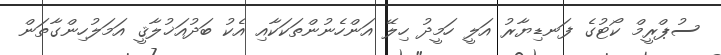
ސުޕްރީމް ކޯޓުގެ ފަނޑިޔާރު އަލީ ހަމީދު ހިލޭ އަންހެނުންތަކަކާއި އެކު ބަދުއަޚުލާޤީ އަމަލުހިންގާތަން